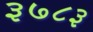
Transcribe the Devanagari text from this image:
३७८३